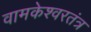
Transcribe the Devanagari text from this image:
वामकेश्वरतंत्र